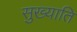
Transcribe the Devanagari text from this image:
सुख्याति